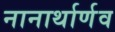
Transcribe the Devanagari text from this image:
नानार्थार्णव